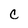
Character: c